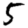
Digit: 5